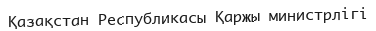
Қазақстан Республикасы Қаржы министрлігі